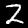
Digit: 2